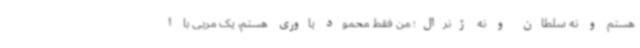
هستم و نه سلطان و نه ژنرال؛ من فقط محمود یاوری هستم، یک مربی با ا